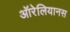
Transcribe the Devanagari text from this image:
ऑरेलियानस